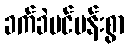
ခက်ခဲပင်ပန်းစွာ